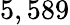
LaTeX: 5,589